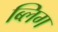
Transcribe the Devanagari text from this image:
ब्लिग